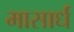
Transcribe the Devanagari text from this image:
मासार्धं